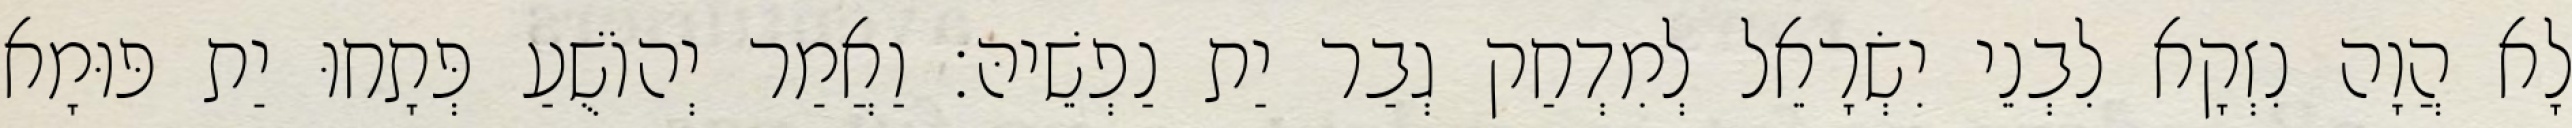
לָא הֲוָה נִזְקָא לִבְנֵי יִשְׂרָאֵל לְמִדְחַק גְבַר יַת נַפְשֵׁיהּ׃ וַאֲמַר יְהוֹשֻׁעַ פְּתָחוּ יַת פּוּמָא